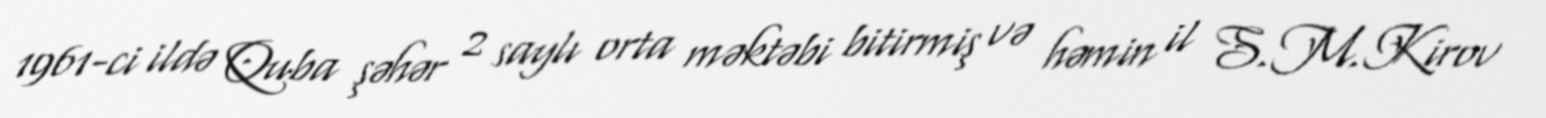
1961-ci ildə Quba şəhər 2 saylı orta məktəbi bitirmiş və həmin il S.M.Kirov